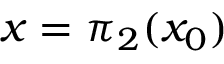
x = \pi _ { 2 } ( x _ { 0 } )